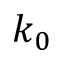
k _ { 0 }